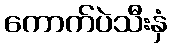
ကောက်ပဲသီးနှံ